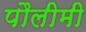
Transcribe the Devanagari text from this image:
पौलीमी